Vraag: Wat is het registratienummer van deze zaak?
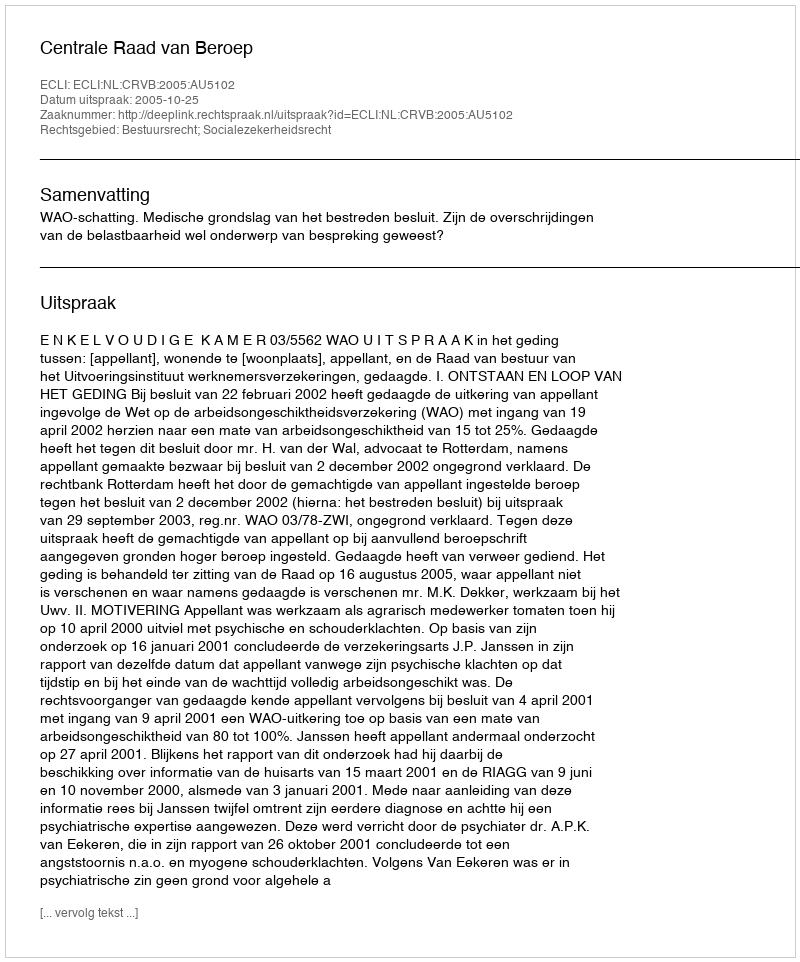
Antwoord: http://deeplink.rechtspraak.nl/uitspraak?id=ECLI:NL:CRVB:2005:AU5102